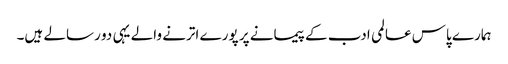
ہمارے پاس عالمی ادب کے پیمانے پر پورے اترنے والے یہی دو رسالے ہیں۔